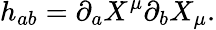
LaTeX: h_{ab}=\partial_{a}X^{\mu}\partial_{b}X_{\mu}.